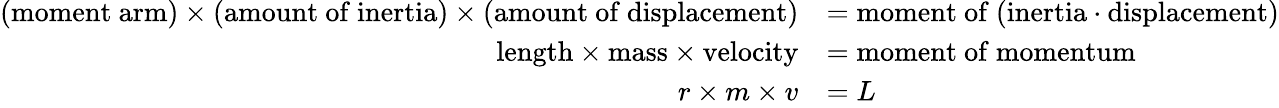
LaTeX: {\begin{array}{rl}{({\mathrm{moment~arm}})\times({\mathrm{amount~of~inertia}})\times({\mathrm{amount~of~displacement}})}&{={\mathrm{moment~of~(inertia⋅displacement)}}}\\ {{\mathrm{length}}\times{\mathrm{mass}}\times{\mathrm{velocity}}}&{={\mathrm{moment~of~momentum}}}\\ {r\times m\times v}&{=L}\end{array}}